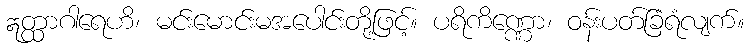
ဣတ္ထာဂါရေဟိ၊ မင်းမောင်းမအပေါင်းတို့ဖြင့်။ ပရိကိဏ္ဏော၊ ဝန်းပတ်ခြံရံလျက်။